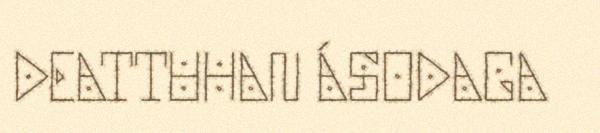
DEATTUHAN ÁSODAGA